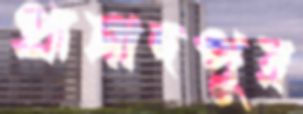
প্রাসাদপুর